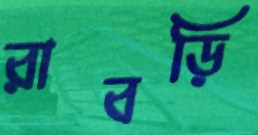
রাবড়ি